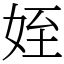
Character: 姪